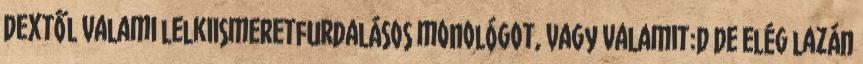
Dextől valami lelkiismeretfurdalásos monológot, vagy valamit:D De elég lazán